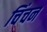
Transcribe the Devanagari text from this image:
चिंचन